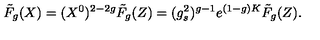
\tilde { F } _ { g } ( X ) = ( X ^ { 0 } ) ^ { 2 - 2 g } \tilde { F } _ { g } ( Z ) = ( g _ { s } ^ { 2 } ) ^ { g - 1 } e ^ { ( 1 - g ) K } \tilde { F } _ { g } ( Z ) .